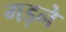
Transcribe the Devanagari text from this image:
गड़ने